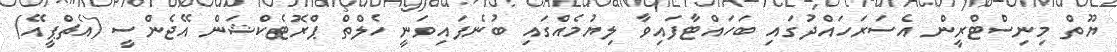
ޔޫތް މިނިސްޓްރީން އެސަރަހައްދުގައި ބަހައްޓާފައިވާ ލިޔުމެއްގައި ބުނެފައިވަނީ ހެލްތް ޕްރޮޓެކްޝަން އޭޖެންސީ (އެޗްޕީއޭ)